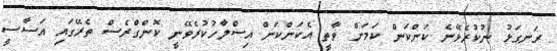
ރަނގަޅު ނުކުރެވޭނެ ކަންކަން ކަމަށް ވާތީ އެކަންކަން އިސްލާހުކުރެވޭނީ ކޮންގްރެސް ތެރޭގައި އަސާސީ